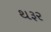
થરૂર